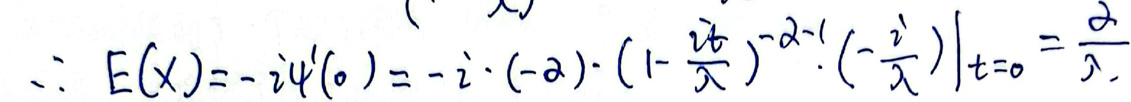
\[
\therefore E(X)=-i\psi^{\prime}(0)=-i\cdot(-\alpha)\cdot\left(1 - \frac{it}{\lambda}\right)^{-\alpha - 1}\cdot\left(-\frac{i}{\lambda}\right)\Bigg|_{t = 0}=\frac{\alpha}{\lambda}
\]